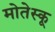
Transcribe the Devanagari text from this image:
मोतेस्कू